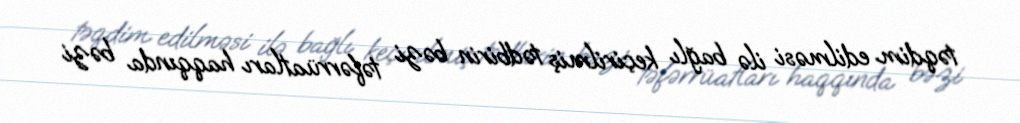
təqdim edilməsi ilə bağlı keçirilmiş tədbirin bəzi təfərrüatları haqqında bəzi